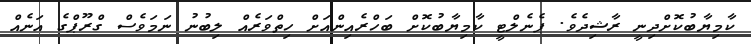
ކާމިޔާބުކޮށްދިނީ ރާޝިދެވެ. ޕެނެލްޓީ ކާމިޔާބުކޮށް ބަހްރެއިންއަށް ހިތްވަރެއް ލިބުނު ނަމަވެސް ގްރޫޕްގެ އަނެއް